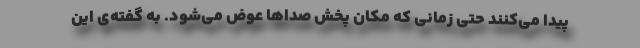
پیدا می‌کنند حتی زمانی که مکان پخش صداها عوض می‌شود. به گفته‌ی این